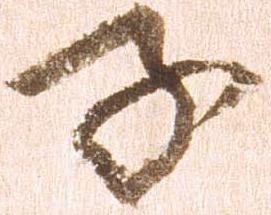
子